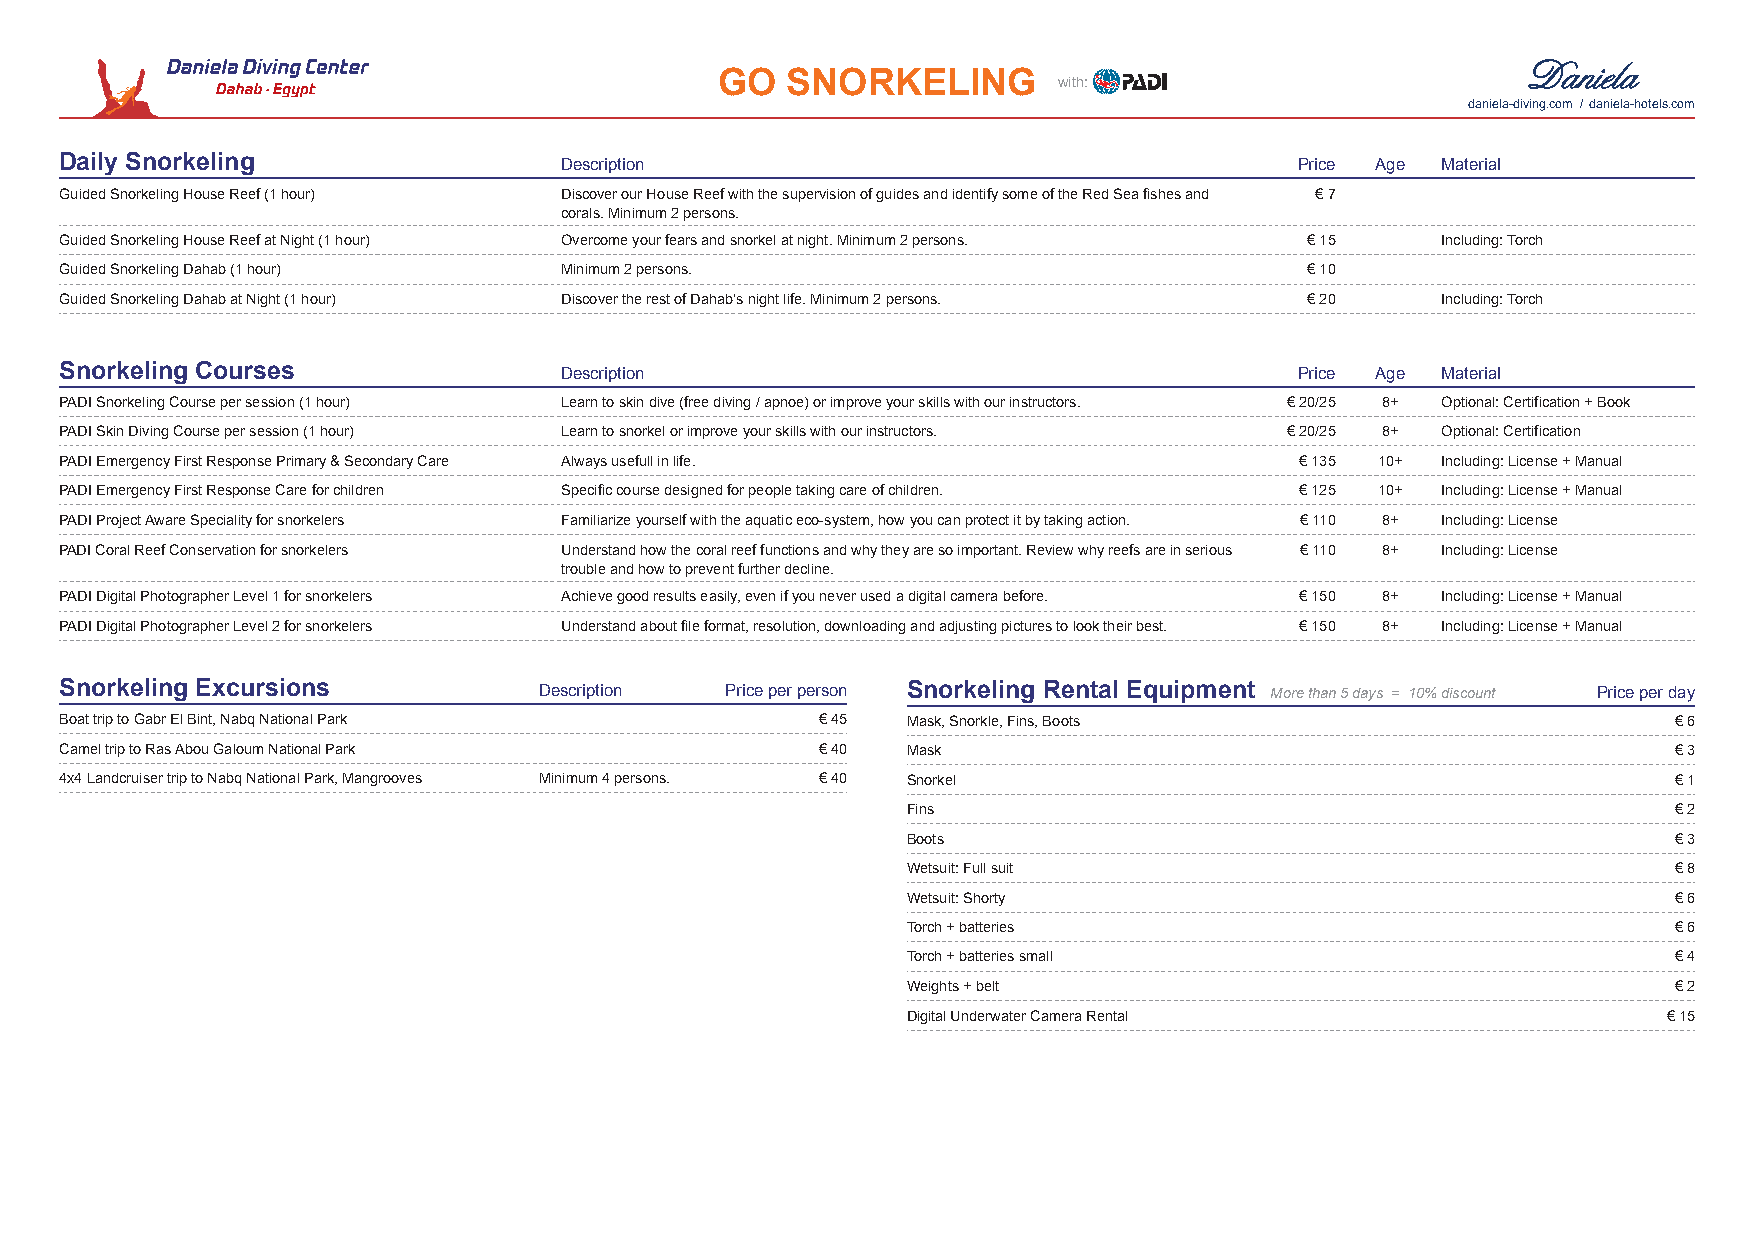
GO  SNORKELING        with:
 daniela-diving.com / daniela-hotels.com
 Daily Snorkeling                 Description                                      Price Age Material
 Guided Snorkeling House Reef (1 hour) Discover our House Reef with the supervision of guides and identify some of the Red Sea fishes and € 7
 corals. Minimum 2 persons.
 Guided Snorkeling House Reef at Night (1 hour) Overcome your fears and snorkel at night. Minimum 2 persons. € 15 Including: Torch
 Guided Snorkeling Dahab (1 hour) Minimum 2 persons.                                € 10
 Guided Snorkeling Dahab at Night (1 hour) Discover the rest of Dahab's night life. Minimum 2 persons. € 20 Including: Torch
 Snorkeling Courses               Description                                      Price Age Material
 PADI Snorkeling Course per session (1 hour) Learn to skin dive (free diving / apnoe) or improve your skills with our instructors. € 20/25 8+ Optional: Certification + Book
 PADI Skin Diving Course per session (1 hour) Learn to snorkel or improve your skills with our instructors. € 20/25 8+ Optional: Certification
 PADI Emergency First Response Primary & Secondary Care Always usefull in life.    € 135 10+ Including: License + Manual
 PADI Emergency First Response Care for children Specific course designed for people taking care of children. € 125 10+ Including: License + Manual
 PADI Project Aware Speciality for snorkelers Familiarize yourself with the aquatic eco-system, how you can protect it by taking action. € 110 8+ Including: License
 PADI Coral Reef Conservation for snorkelers Understand how the coral reef functions and why they are so important. Review why reefs are in serious € 110 8+ Including: License
 trouble and how to prevent further decline.
 PADI Digital Photographer Level 1 for snorkelers Achieve good results easily, even if you never used a digital camera before. € 150 8+ Including: License + Manual
 PADI Digital Photographer Level 2 for snorkelers Understand about file format, resolution, downloading and adjusting pictures to look their best. € 150 8+ Including: License + Manual
 Snorkeling Excursions           Description Price per person Snorkeling Rental Equipment More than 5 days = 10% discount Price per day
 Boat trip to Gabr El Bint, Nabq National Park     € 45  Mask, Snorkle, Fins, Boots                         € 6
 Camel trip to Ras Abou Galoum National Park       € 40  Mask                                               € 3
 4x4 Landcruiser trip to Nabq National Park, Mangrooves Minimum 4 persons. € 40 Snorkel                     € 1
 Fins                                               € 2
 Boots                                              € 3
 Wetsuit: Full suit                                 € 8
 Wetsuit: Shorty                                    € 6
 Torch + batteries                                  € 6
 Torch + batteries small                            € 4
 Weights + belt                                     € 2
 Digital Underwater Camera Rental                  € 15